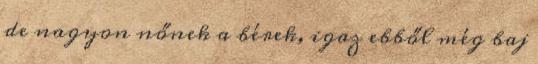
de nagyon nőnek a bérek, igaz ebből még baj